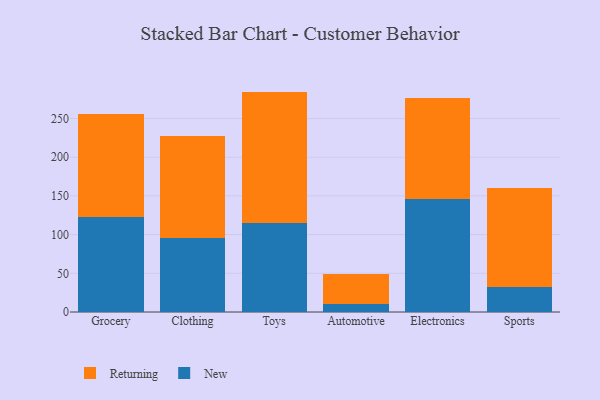
{"axis": {"x": "Category", "y": "Inventory Turnover"}, "legend": ["New", "Returning"], "data": [{"x": "Grocery", "y": 123.1, "type": "New"}, {"x": "Grocery", "y": 132.2, "type": "Returning"}, {"x": "Clothing", "y": 95.2, "type": "New"}, {"x": "Clothing", "y": 132.5, "type": "Returning"}, {"x": "Toys", "y": 115.0, "type": "New"}, {"x": "Toys", "y": 169.8, "type": "Returning"}, {"x": "Automotive", "y": 9.9, "type": "New"}, {"x": "Automotive", "y": 39.3, "type": "Returning"}, {"x": "Electronics", "y": 146.4, "type": "New"}, {"x": "Electronics", "y": 129.8, "type": "Returning"}, {"x": "Sports", "y": 32.1, "type": "New"}, {"x": "Sports", "y": 127.9, "type": "Returning"}]}